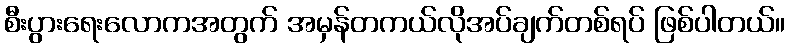
စီးပွားရေးလောကအတွက် အမှန်တကယ်လိုအပ်ချက်တစ်ရပ် ဖြစ်ပါတယ်။